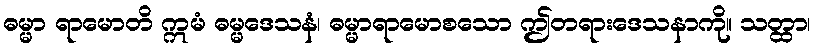
ဓမ္မာ ရာမောတိ ဣမံ ဓမ္မဒေသနံ၊ ဓမ္မာရာမောစသော ဤတရားဒေသနာကို။ သတ္ထာ၊